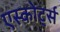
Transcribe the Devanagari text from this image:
एस्कोर्ट्स